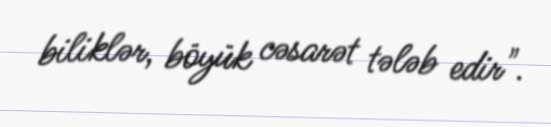
biliklər, böyük cəsarət tələb edir".